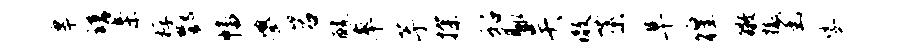
皋谱亲桴酆幡婆岩醵率芋探貂脉吴澈蕖阜徨徵撤函娑